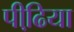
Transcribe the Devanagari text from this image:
पीढि़या